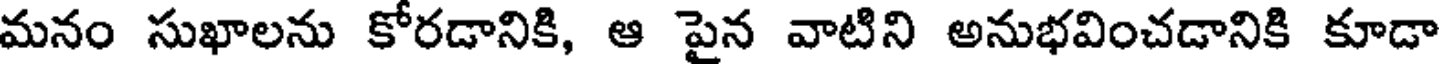
మనం సుఖాలను కోరడానికి, ఆ పైన వాటిని అనుభవించడానికి కూడా